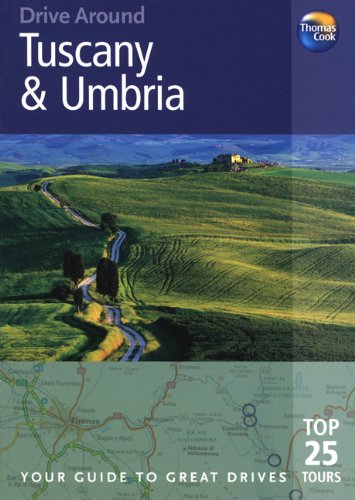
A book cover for Drive Around Tuscany & Umbria, 3rd: Your guide to great drives. Top 25 Tours. (Drive Around - Thomas Cook); Brent Gregston; Travel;